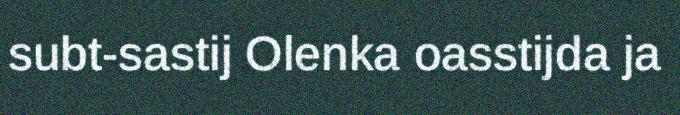
subt-sastij Olenka oasstijda ja